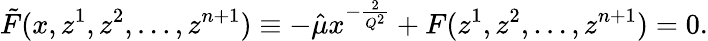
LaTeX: \tilde{F}(x,z^{1},z^{2},\ldots,z^{n+1})\equiv-\hat{\mu}x^{-\frac{2}{Q^{2}}}+F(z^{1},z^{2},\ldots,z^{n+1})=0.